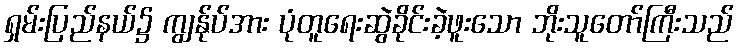
ရှမ်းပြည်နယ်၌ ကျွန်ုပ်အား ပုံတူရေးဆွဲခိုင်းခဲ့ဖူးသော ဘိုးသူတော်ကြီးသည်